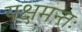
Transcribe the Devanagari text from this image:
यक्षमन्तः